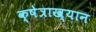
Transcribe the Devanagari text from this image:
क्षेत्राख्यान